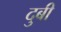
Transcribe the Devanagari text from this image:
दुबी